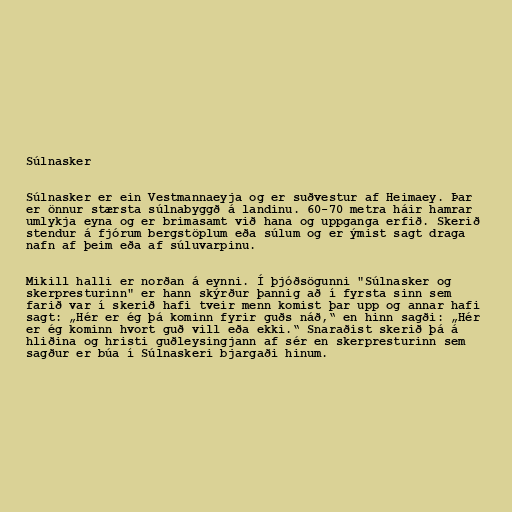
Súlnasker

Súlnasker er ein Vestmannaeyja og er suðvestur af Heimaey. Þar
er önnur stærsta súlnabyggð á landinu. 60-70 metra háir hamrar
umlykja eyna og er brimasamt við hana og uppganga erfið. Skerið
stendur á fjórum bergstöplum eða súlum og er ýmist sagt draga
nafn af þeim eða af súluvarpinu.

Mikill halli er norðan á eynni. Í þjóðsögunni "Súlnasker og
skerpresturinn" er hann skýrður þannig að í fyrsta sinn sem
farið var í skerið hafi tveir menn komist þar upp og annar hafi
sagt: „Hér er ég þá kominn fyrir guðs náð,“ en hinn sagði: „Hér
er ég kominn hvort guð vill eða ekki.“ Snaraðist skerið þá á
hliðina og hristi guðleysingjann af sér en skerpresturinn sem
sagður er búa í Súlnaskeri bjargaði hinum.